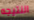
النتيجه